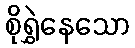
စိုရွှဲနေသော